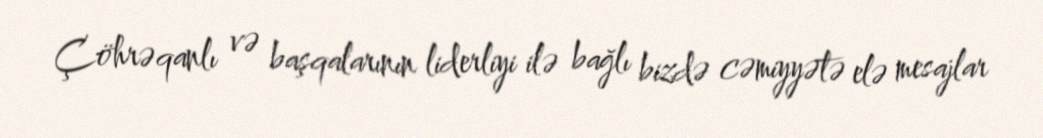
Çöhrəqanlı və başqalarının liderliyi ilə bağlı bizdə cəmiyyətə elə mesajlar